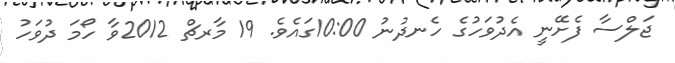
ޖަލްސާ ފެށޭނީ އެދުވަހުގެ ހެނދުނު 10:00ގައެވެ. 19 މާރޗް 2012ވާ ހޯމަ ދުވަހު